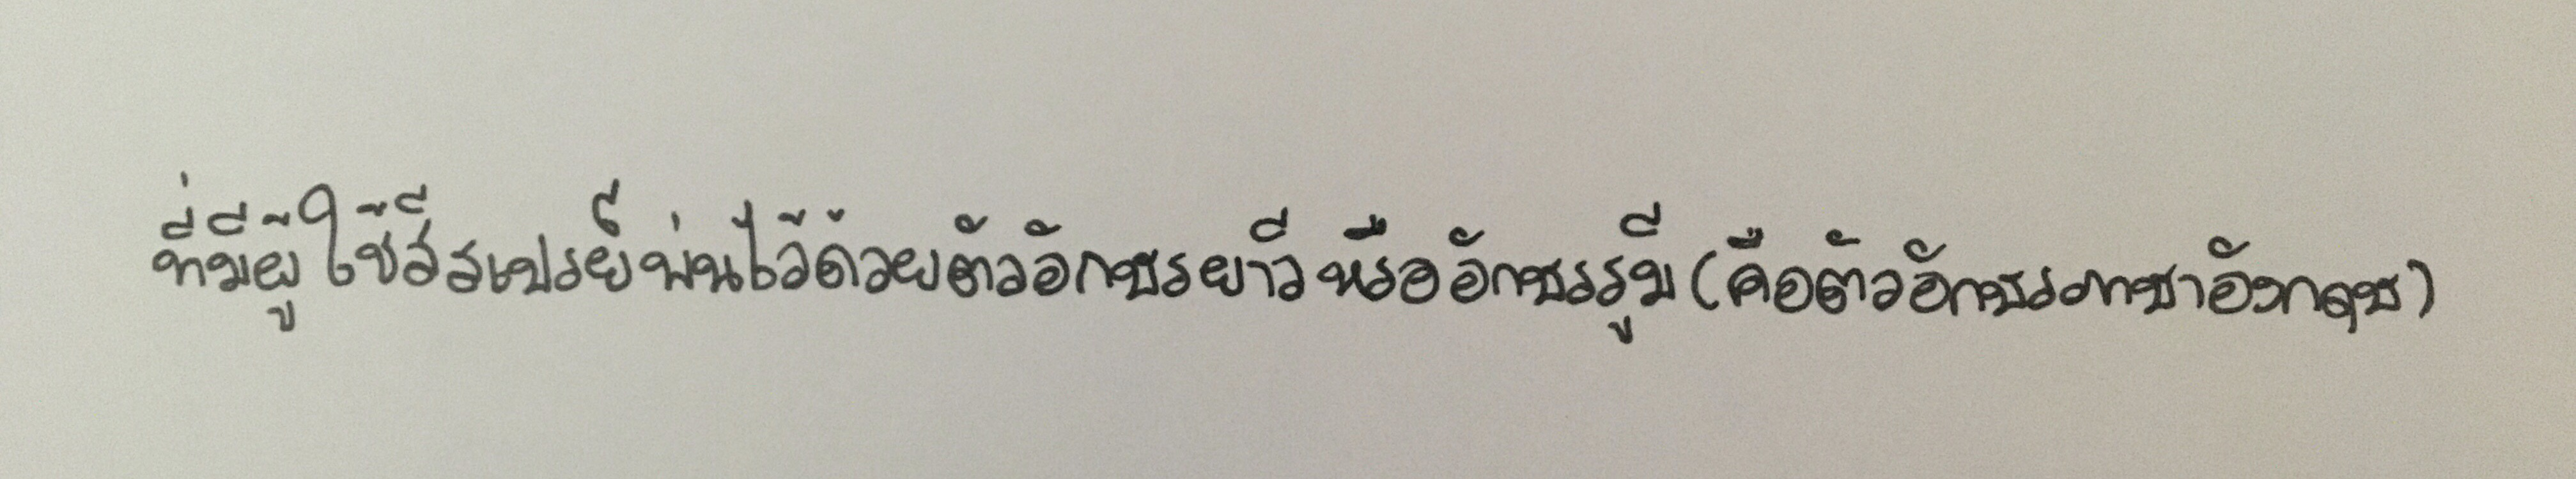
ที่มีผู้ใช้สีสเปรย์พ่นไว้ด้วยอักษรยาวีหรืออักษรรูมี(คือตัวอักษรภาษาอังกฤษ)